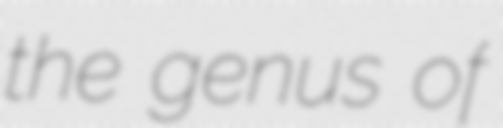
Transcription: the genus of